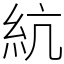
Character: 䋁